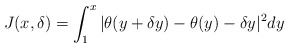
\begin{align*} J(x,\delta) = \int_1^{x} |\theta(y+\delta y)- \theta(y) - \delta y|^2 dy\end{align*}